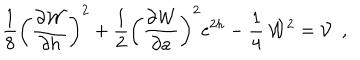
LaTeX: \frac { 1 } { 8 } \left( \frac { \partial { \cal W } } { \partial h } \right) ^ { 2 } + \frac { 1 } { 2 } \left( \frac { \partial { \cal W } } { \partial a } \right) ^ { 2 } \mathrm { e } ^ { 2 h } - \frac { 1 } { 4 } \, { \cal W } ^ { 2 } = { \cal V } ~ ~ ,